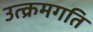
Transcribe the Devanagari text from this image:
उत्क्रमगति